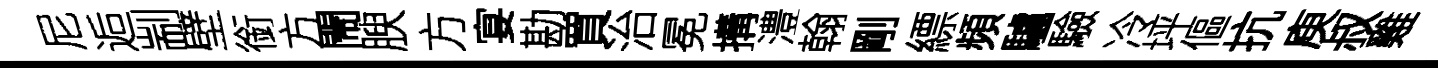
尼逅剬壁銜方閙腴方宴勘買治冕搆澧翰剛縹頻驢驗冷坪傴抗庾叔雞